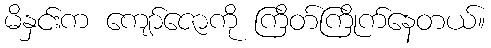
မိနှင်းက ကျော်ဇောကို ကြိတ်ကြိုက်နေတယ်။